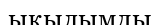
ықылымды